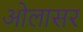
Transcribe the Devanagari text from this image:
ओलासर